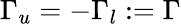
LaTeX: \Gamma_{u}=-\Gamma_{l}:=\Gamma